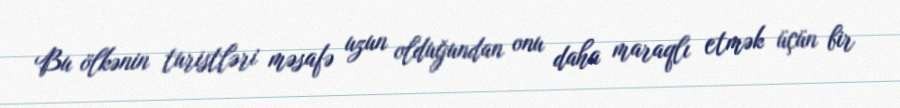
Bu ölkənin turistləri məsafə uzun olduğundan onu daha maraqlı etmək üçün bir